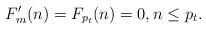
LaTeX: \begin{align*}F'_m(n) =F_{p_t}(n)=0, n \leq p_t.\end{align*}